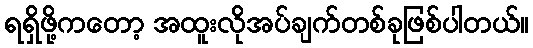
ရရှိဖို့ကတော့ အထူးလိုအပ်ချက်တစ်ခုဖြစ်ပါတယ်။